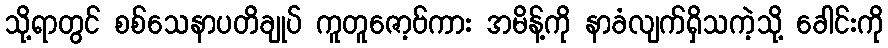
သို့ရာတွင် စစ်သေနာပတိချုပ် ကူတူဇော့ဗ်ကား အမိန့်ကို နာခံလျက်ရှိသကဲ့သို့ ခေါင်းကို